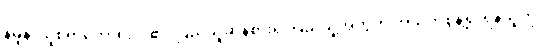
နမူနာယူစရာကောင်းလှ၏၊ ပြည်သူ့ဆန်စား၍ ပြည်သူ့အတွက် အသက်စွန့်၍ ရန်သူကို